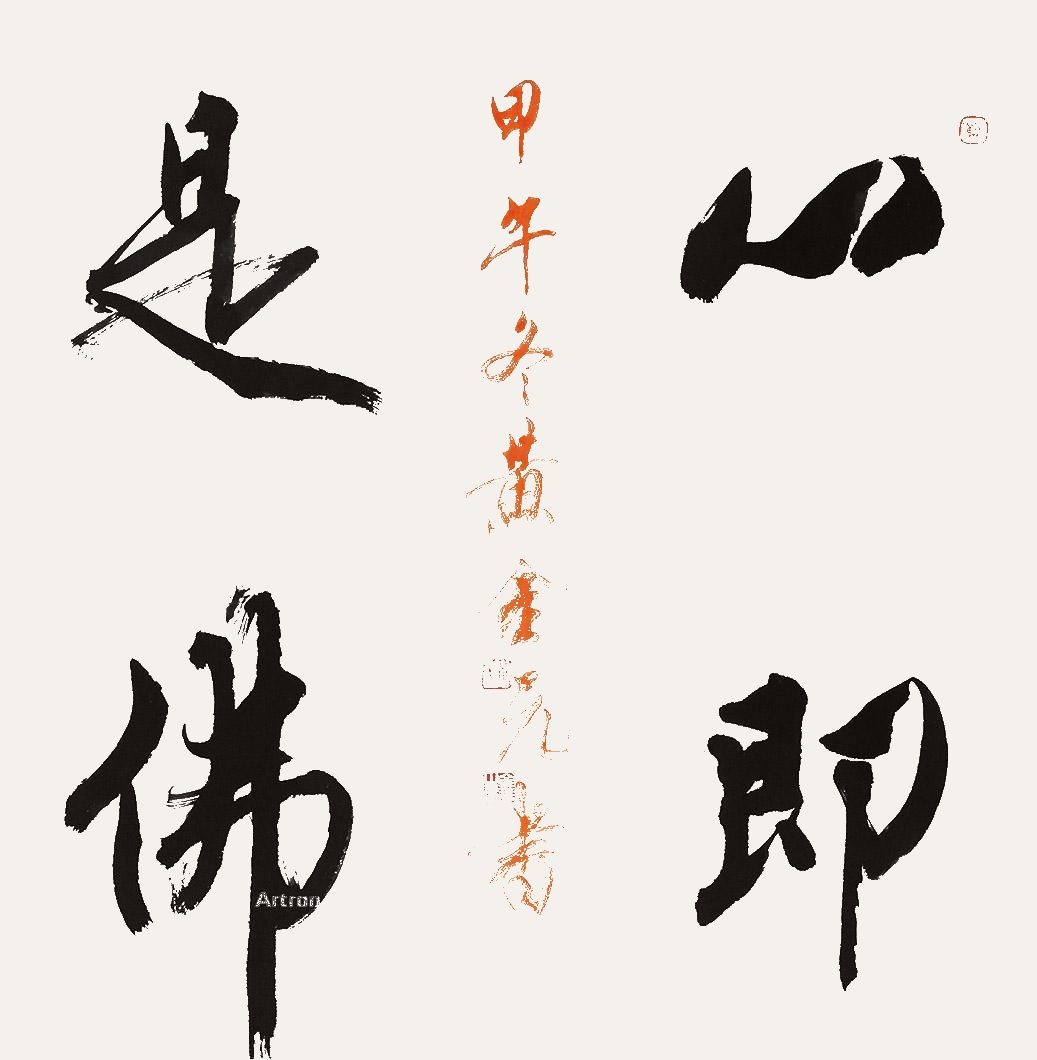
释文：心即是佛。甲午冬黄金元书。